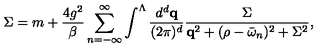
\Sigma = m + \frac { 4 g ^ { 2 } } { \beta } \sum _ { n = - \infty } ^ { \infty } \int ^ { \Lambda } \frac { d ^ { d } { \bf q } } { ( 2 \pi ) ^ { d } } \frac { \Sigma } { { \bf q } ^ { 2 } + ( \rho - \bar { \omega } _ { n } ) ^ { 2 } + \Sigma ^ { 2 } } ,